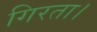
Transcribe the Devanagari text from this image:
गिरता।